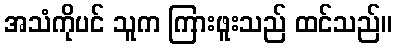
အသံကိုပင် သူက ကြားဖူးသည် ထင်သည်။